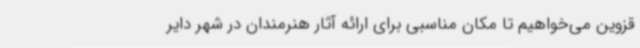
قزوین می‌خواهیم تا مکان مناسبی برای ارائه آثار هنرمندان در شهر دایر